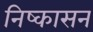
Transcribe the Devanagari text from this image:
निष्‍कासन